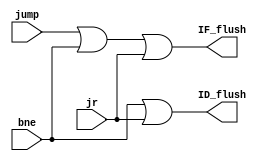
`timescale 1 ps / 100 fs
// fpga4student.com: FPGA projects, Verilog Projects, VHDL projects
// Verilog project: 32-bit 5-stage Pipelined MIPS Processor in Verilog 
// Discard instructions when needed
module Discard_Instr(ID_flush,IF_flush,jump,bne,jr);
output ID_flush,IF_flush;
input jump,bne,jr;
or #50 OR1(IF_flush,jump,bne,jr);
or #50 OR2(ID_flush,bne,jr);
endmodule